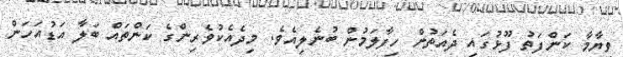
ވިޔާމާ ކަންފަތު ފޫޅުގައި ދެއަތުން ހިފާލަމުން ބުނެލިއެވެ. މިދެއެކުވެރިންގެ ކަންތައް ބަލާ އަޑުއަހަން